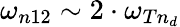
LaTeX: \omega_{n12}\sim 2\cdot\omega_{Tn_{d}}